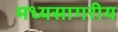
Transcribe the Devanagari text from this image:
मध्यसागरीय